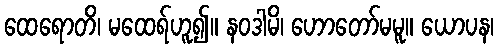
ထေရောတိ၊ မထေရ်ဟူ၍။ နဝဒါမိ၊ ဟောတော်မမူ။ ယောပန၊